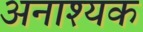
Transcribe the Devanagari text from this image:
अनाश्यक